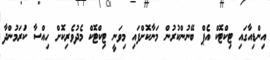
އިންޑިއާގައި ޓިކްޓޮކް އެޕް ބޭނުންކުރުން މަނާކޮށްފައި މިވަނީ ޓިކްޓޮކް މެދުވެރިކޮށް ހިއްސާ ކުަރަމުންދާ